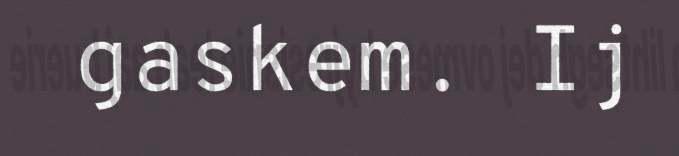
gaskem. Ij